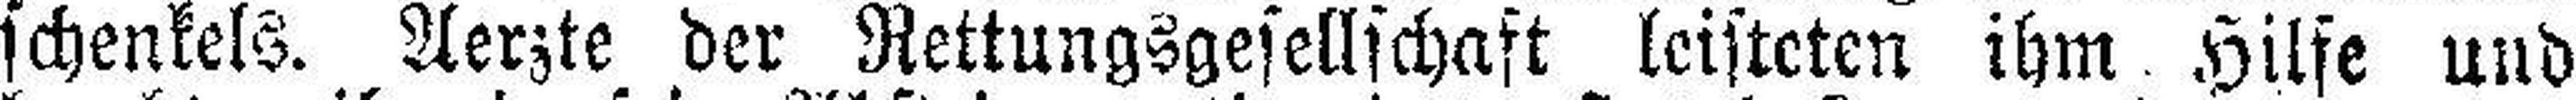
schenkels. Aerzte der Rettungsgesellschaft leisteten ihm Hilfe und